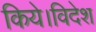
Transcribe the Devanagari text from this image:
किये।विदेश